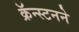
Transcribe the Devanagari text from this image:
क्रॅन्स्टनने